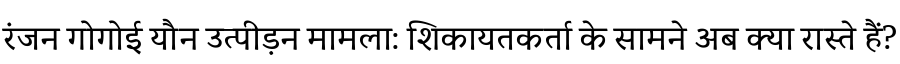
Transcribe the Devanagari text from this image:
रंजन गोगोई यौन उत्पीड़न मामला: शिकायतकर्ता के सामने अब क्या रास्ते हैं?